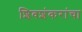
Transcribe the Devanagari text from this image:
शिवशंकरांचा